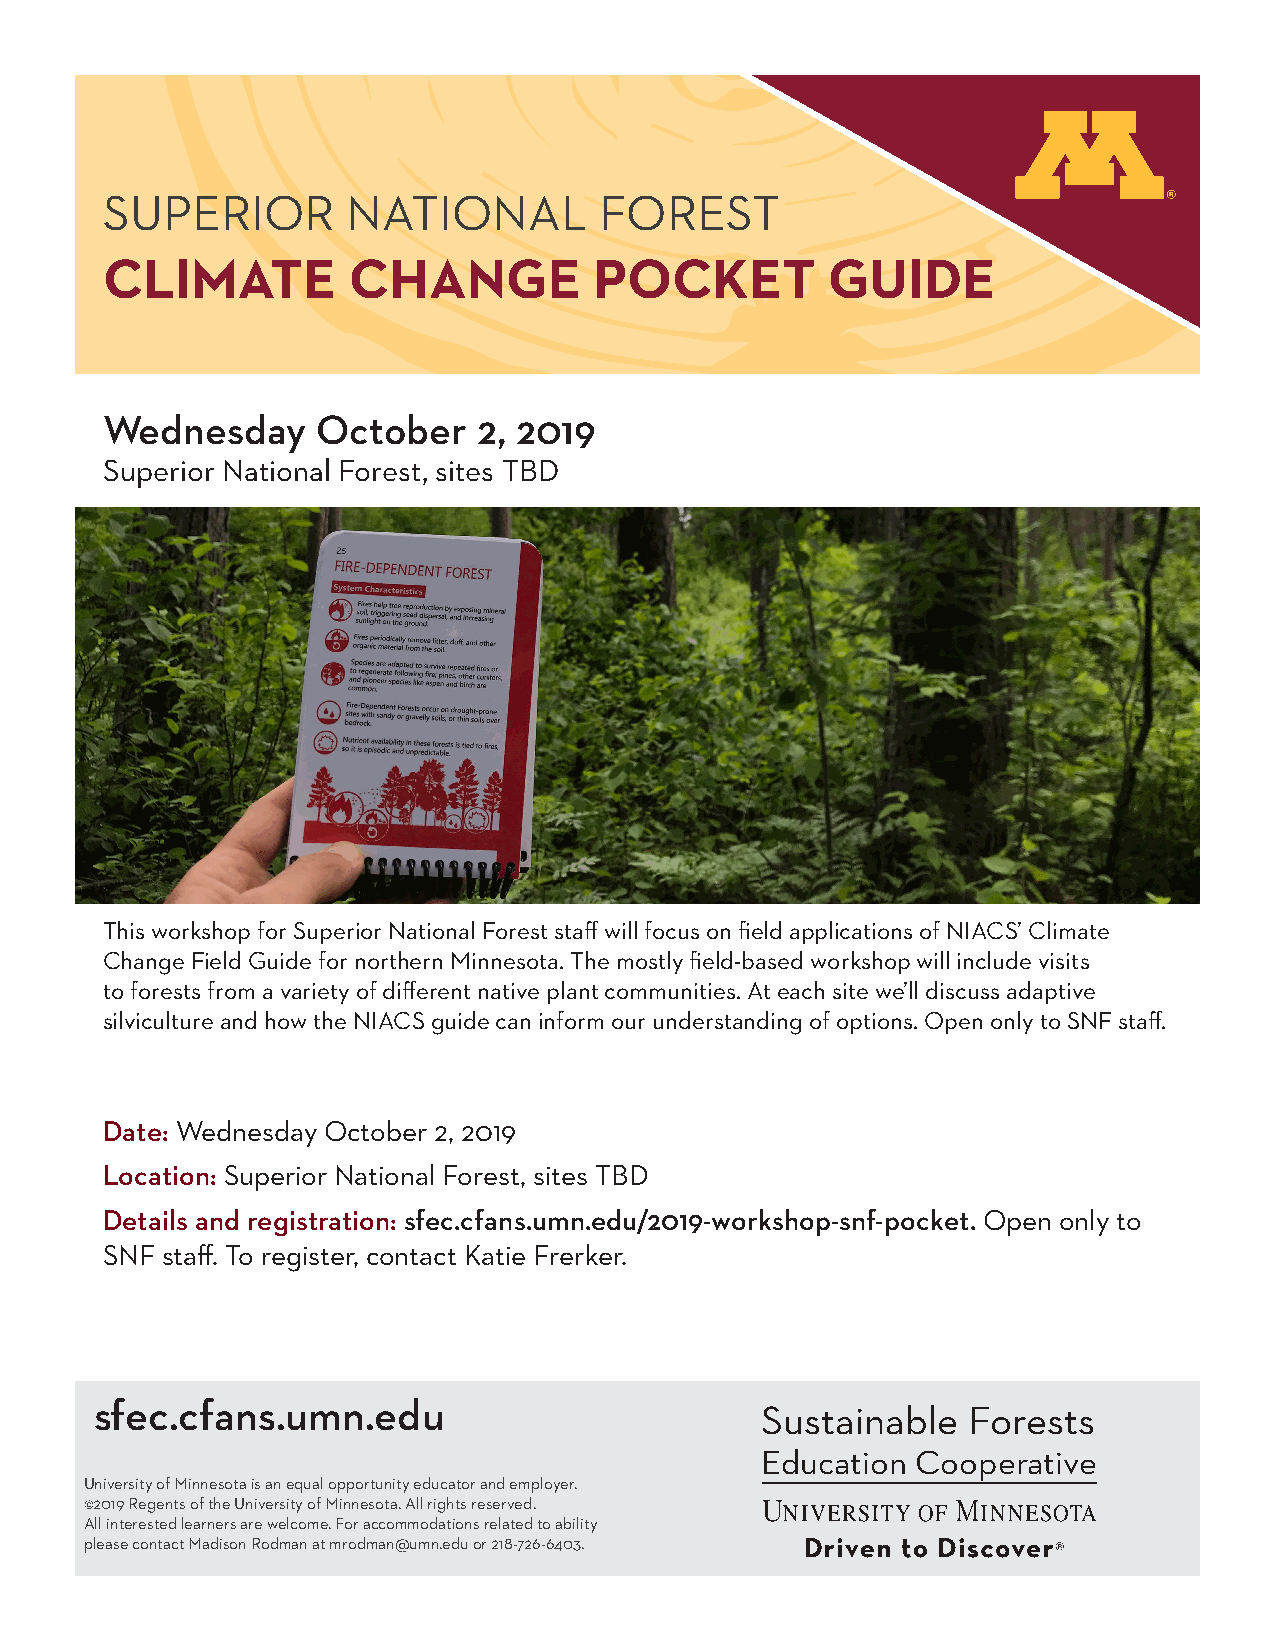
SUPERIOR        NATIONAL         FOREST
 CLIMATE         CHANGE          POCKET          GUIDE
 Wednesday     October    2, 2019
 Superior National Forest, sites TBD
 This workshop for Superior National Forest staff will focus on field applications of NIACS’ Climate
 Change Field Guide for northern Minnesota. The mostly field-based workshop will include visits
 to forests from a variety of different native plant communities. At each site we’ll discuss adaptive
 silviculture and how the NIACS guide can inform our understanding of options. Open only to SNF staff.
 Date: Wednesday October 2, 2019
 Location: Superior National Forest, sites TBD
 Details and registration: sfec.cfans.umn.edu/2019-workshop-snf-pocket. Open only to
 SNF staff. To register, contact Katie Frerker.
 sfec.cfans.umn.edu                          Sustainable   Forests
 Education  Cooperative
 University of Minnesota is an equal opportunity educator and employer.
 ©2019 Regents of the University of Minnesota. All rights reserved.
 All interested learners are welcome. For accommodations related to ability
 please contact Madison Rodman at mrodman@umn.edu or 218-726-6403.